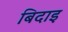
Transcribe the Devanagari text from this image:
बिदाइ